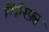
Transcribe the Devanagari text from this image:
गिरिफ़्त